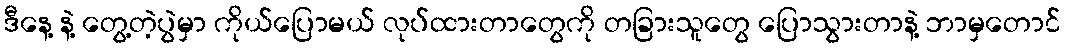
ဒီနေ့ နဲ့ တွေ့တဲ့ပွဲမှာ ကိုယ်ပြောမယ် လုပ်ထားတာတွေကို တခြားသူတွေ ပြောသွားတာနဲ့ ဘာမှတောင်